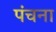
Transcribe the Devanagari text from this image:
पंचना